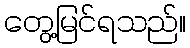
တွေ့မြင်ရသည်။